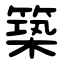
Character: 築